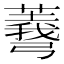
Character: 𢐱